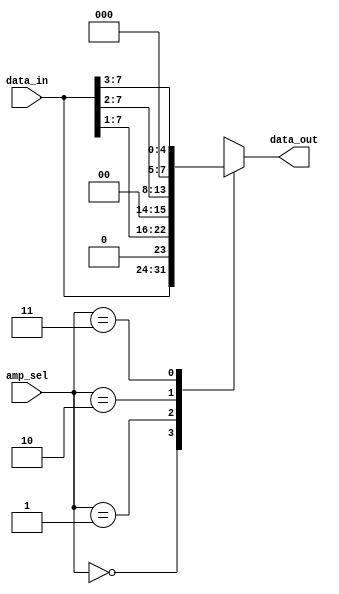
`timescale 1 ps/ 1 ps

module AmplitudeSelector (data_in,
                          amp_sel,
                          data_out
                         );
	
	input [7:0] data_in;
	input [1:0] amp_sel;
	output reg [7:0] data_out;
	
	always @(data_in, amp_sel) begin
	     case(amp_sel)
	       2'b00:   data_out = data_in;
	       2'b01:   data_out = {1'b0, data_in[7:1]};
	       2'b10:   data_out = {2'b0, data_in[7:2]};
	       2'b11:   data_out = {3'b0, data_in[7:3]};
	       default: data_out = data_in;
	     endcase
	end

endmodule